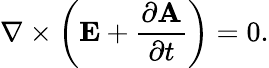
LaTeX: \nabla\times\left(\mathbf{E}+{\frac{\partial\mathbf{A}}{\partial t}}\right)=0.